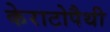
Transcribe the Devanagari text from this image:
केराटोपैथी